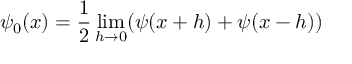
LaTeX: \quad \psi _ { 0 } ( x ) = { \frac { 1 } { 2 } } \operatorname* { l i m } _ { h \to 0 } ( \psi ( x + h ) + \psi ( x - h ) )